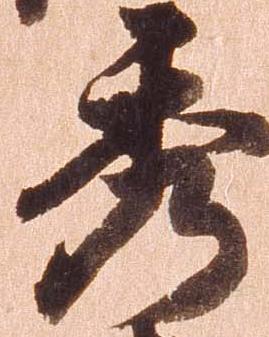
秀